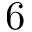
6